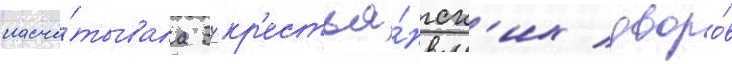
насчи́тывала 37 кр'естья́нск'их дворо́в